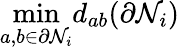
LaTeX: \mathop{\operatorname*{min}}_{a,b\in\partial\mathcal{N}_{i}}d_{ab}(\partial\mathcal{N}_{i})